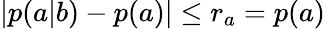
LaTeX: |p(a|b)-p(a)|\leq r_{a}=p(a)